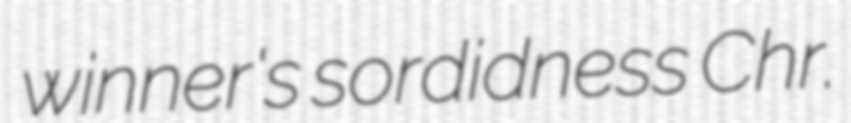
winner's sordidness Chr.